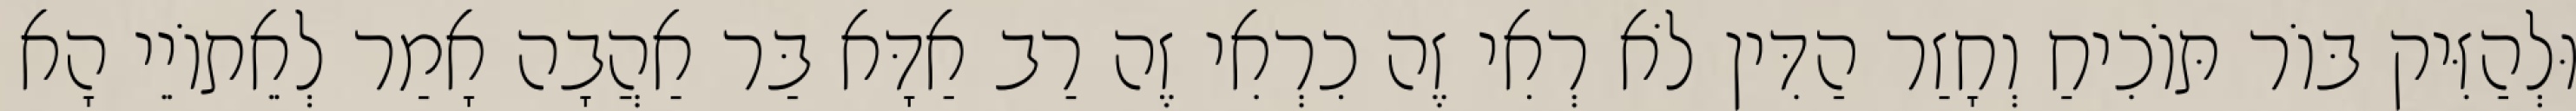
וּלְהַזִּיק בּוֹר תּוֹכִיחַ וְחָזַר הַדִּין לֹא רְאִי זֶה כִרְאִי זֶה רַב אַדָּא בַּר אַהֲבָה אָמַר לְאֵתוֹיֵי הָא